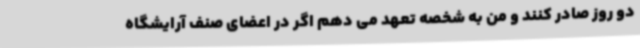
دو روز صادر کنند و من به شخصه تعهد می دهم اگر در اعضای صنف آرایشگاه